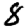
Digit: 8